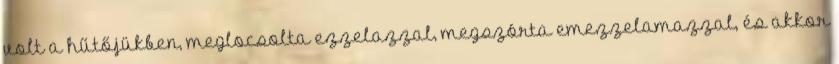
volt a hűtőjükben, meglocsolta ezzelazzal, megszórta emezzelamazzal, és akkor